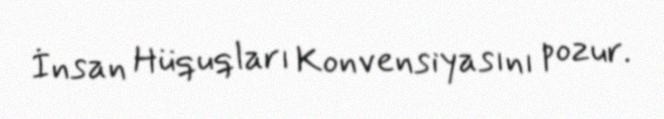
İnsan Hüquqları Konvensiyasını pozur.